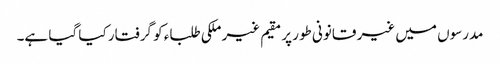
مدرسوں میں غیر قانونی طور پر مقیم غیر ملکی طلباء کو گرفتار کیا گیا ہے۔